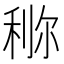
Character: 鿟